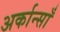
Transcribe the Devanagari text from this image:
अर्कान्साँ